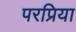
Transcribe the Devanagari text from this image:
परप्रिया